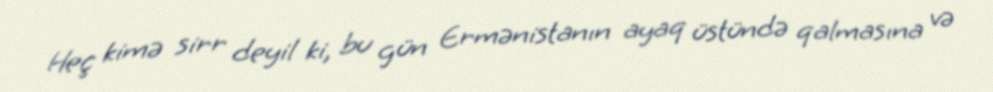
Heç kimə sirr deyil ki, bu gün Ermənistanın ayaq üstündə qalmasına və